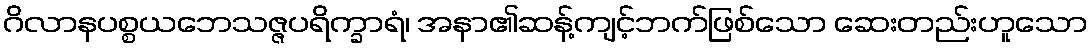
ဂိလာနပစ္စယဘေသဇ္ဇပရိက္ခာရံ၊ အနာ၏ဆန့်ကျင့်ဘက်ဖြစ်သော ဆေးတည်းဟူသော